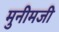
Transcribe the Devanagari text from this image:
मुनीमजी